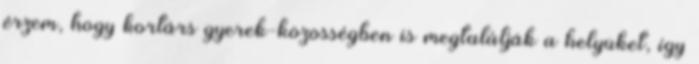
érzem, hogy kortárs gyerek-közösségben is megtalálják a helyüket, így